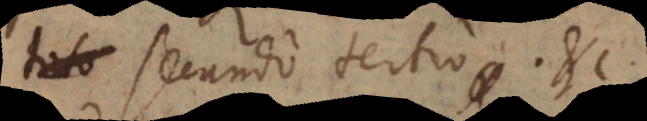
secundo, tertio etc.